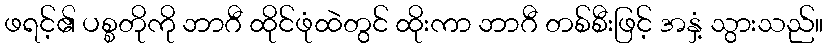
ဖရင့်၏ ပစ္စတိုကို ဘာဂီ ထိုင်ဖုံထဲတွင် ထိုးကာ ဘာဂီ တစ်စီးဖြင့် အနှံ့ သွားသည်။